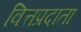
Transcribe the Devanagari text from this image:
वित्तप्रदाता